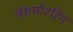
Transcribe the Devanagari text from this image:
पॅरामोटरिंग